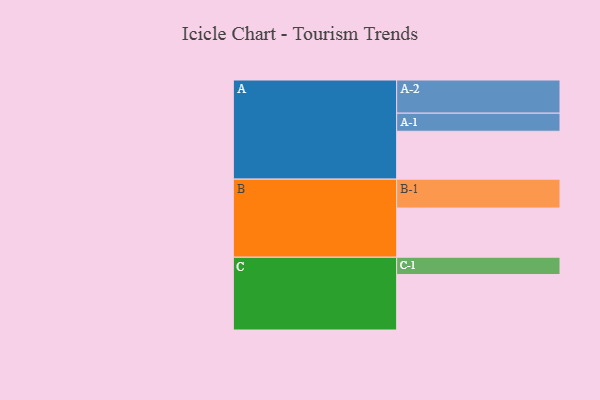
{"axis": {"x": "Segment", "y": "Value"}, "legend": ["", "A", "B", "C"], "data": [{"x": "A", "y": 403, "type": ""}, {"x": "B", "y": 414, "type": ""}, {"x": "C", "y": 467, "type": ""}, {"x": "A-1", "y": 152, "type": "A"}, {"x": "A-2", "y": 279, "type": "A"}, {"x": "B-1", "y": 243, "type": "B"}, {"x": "C-1", "y": 145, "type": "C"}]}